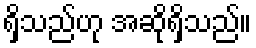
ရှိသည်ဟု အဆိုရှိသည်။